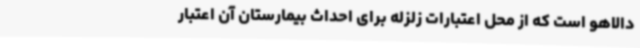
دالاهو است که از محل اعتبارات زلزله برای احداث بیمارستان آن اعتبار